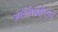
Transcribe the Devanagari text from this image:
आईजेडईएस